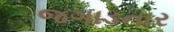
જગાડનાર